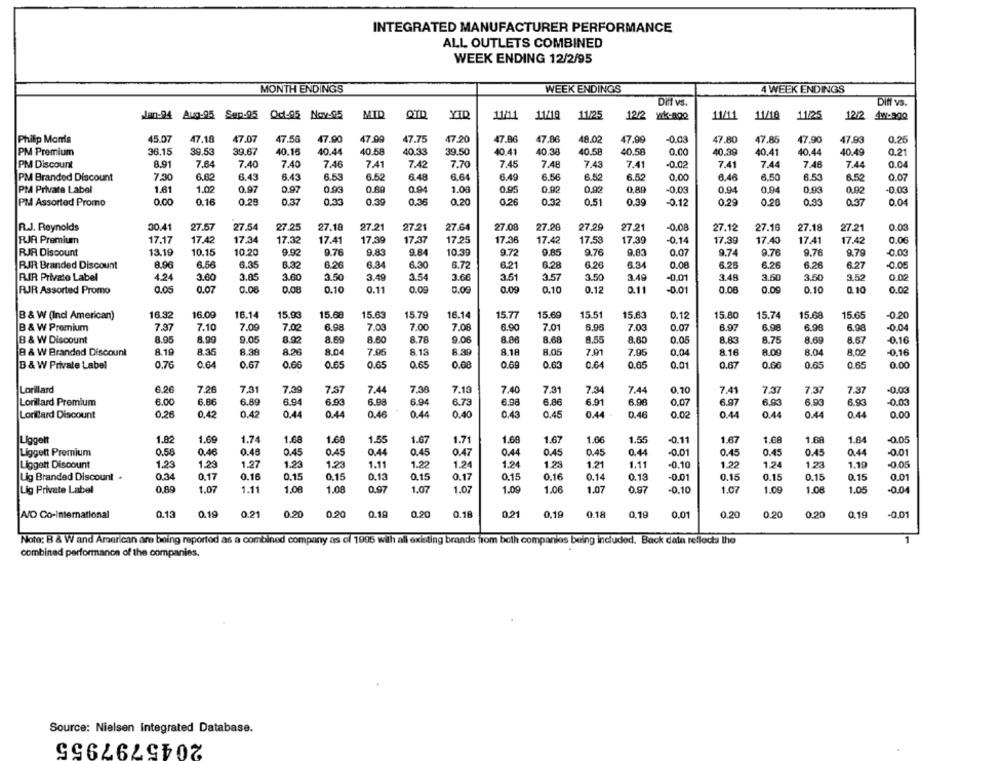
INTEGRATED MANUFACTURER PERFORMANCE
ALL OUTLETS COMBINED
WEEK ENDING 12/2/95
MONTH ENDINGS
WEEK ENDINGS
4 WEEK ENDINGS
Dit vs.
Diff vs.
Jan-94 Aug-95 Sap-95 Od-95 Nov-95
MID
YID
11/18
11/25
11/11
11/18
11/25
12/2
11/11
12/2 wk-80Q
47.90
47.75
Philip Morris
45.07
47,18
47.07
47.50
47.90
47.20
47.86
47,86
48.02
47.99
-0.03
47.80
47.86
47,90
47.93
0.25
PM Premium
36.15
39.53
39.67
40.16
40.44
40.58
40.33
39.50
40.41
40.38
40.58
40.58
0.00
40.39
40.41
40.44
40.49
0.21
PM Discount
8.91
7.64
7.40
7.40
7.46
7.41
7.42
7.70
7.45
7.48
7.43
7.41
-0.02
7.41
7.44
7.46
7.44
0.04
7:30
6.62
6.43
6.43
6.53
6.52
6.48
6.52
6.52
0.00
6.46
6.50
0.07
PM Branded Discount
6.64
6.49
6.56
6.53
6.52
PM Private Label
1.61
1.02
0.97
0.97
0.93
0.80
0.94
1.00
0.95
0.02
0.92
0,89
-0,03
0.94
0.94
0.93
0.02
-0.03
PM Assorted Promo
0.00
0.16
0.28
0.37
0.33
0.39
0.36
0.20
0.26
0.32
0.51
0.39
-0.12
0.29
0.20
0.33
0.37
0.04
R.J. Reynolds
30.41
27.57
27.54
27.25
27.18
27.21
27.21
27.64
27.08
27.20
27.29
27.21
-0.08
27.12
27.16
27.18
27.21
0.03
RJR Premium
17.17
17.42
17.34
17.32
17.41
17.39
17.37
17.25
17.36
17.42
17.53
17.39
-0.14
17.39
17.40
17.41
17.42
0.06
RJR Discount
13.19
10.15
10.20
9.92
9.76
9.83
9.84
10.39
9.72
9.85
9.76
9.83
0.07
9.74
9.76
9.76
9.79
0.00
RJR Branded Discount
8.96
6.56
6.35
6.32
6.20
6.34
6.30
6.72
6.21
6.28
6.26
6.34
0.00
6.25
6.26
6.26
6.27
-0.05
RIR Private Label
4.24
3.00
3.05
3.60
3.50
3.49
3.54
3.66
3.51
3.57
3.50
3.49
-0.01
3.48
3.50
3.50
3.52
0.02
RJR Assorted Promo
0.05
0.07
0.08
0.08
0.10
0.11
0.09
0.00
0.09
0.10
0.12
0.11
-0.01
0.08
0.00
0.10
0.10
0.02
B & W (Ind American)
16.32
16.09
16.14
15.93
15.68
15.63
15.79
16.14
15.77
15.69
15.51
15,63
0.12
15.80
15.74
15.68
15.65
-0.20
B & W Premium
7.97
7.10
7.00
7.02
6.98
7.03
7.00
7.08
6.90
7.01
6.96
7.03
0.07
6.97
6.96
6.90
6.98
-0.04
B & W Discount
8.95
8.99
9.05
0.92
8.69
8.60
8.78
9.06
8.08
8.68
8.55
8.60
0.05
8.83
8.75
8.69
8.57
-0.16
8.19
8.35
8.39
8.05
8.16
8.09
8.04
8.02
-0.16
B & W Branded Discount
8.38
8.04
7.05
8.13
8.18
7.91
7.95
0.04
B & W Private Label
0.70
0.64
0.67
0,60
0.65
0.65
0.65
0.08
0.69
0.63
0.64
0.65
0.01
0.67
0.66
0.65
0.65
0.00
Lorillard
6.20
7.26
7.31
7.37
7.44
7.38
7.13
7.31
0.10
7.37
7.09
7.40
7.34
7.44
7.41
7.37
7.37
-0.03
Lonillard Premium
6.00
6.86
6.89
6.94
6.93
6.98
6.94
6.73
6.98
6.86
6.91
6.96
0.07
6.97
6,93
6.93
6.93
-0,03
Loniard Discount
0.26
0.42
0.42
0.44
0.44
0.46
0.44
0.40
0.43
0.45
0.44
0.46
0.02
0.44
0.44
0.44
0.44
0.00
Liggeit
1.82
1.69
1.74
1.68
1.60
1.55
1.67
1.71
1.60
1.67
1.66
1.55
-0.11
1.67
1.68
1.64
-0.05
Liggent Premium
0.58
0.46
0.40
0.45
0.45
0.44
0.45
0.47
0.44
0.45
0.45
0.44
-0.01
0.45
0.45
0.45
0.44
-0.01
Liggott Discount
1.23
1.23
1.27
1.23
1.23
1.11
1.22
1.24
1.24
1.23
1.21
1.11
-0.10
1.22
1.24
123
1.19
-0.05
Lig Branded Discount .
0.34
0.17
0.16
0.15
0.15
0.13
0.15
0.17
0.15
0.16
0.14
0.13
-0.01
0.15
0.15
0.15
0.15
0.01
0.60
1.08
1.07
Lig Private Label
1.07
1.11
1.08
0.97
1.07
1.07
1.09
1.06
0.97
-0.10
1.07
1.09
1.08
1.05
-0.04
A/O Co-international
0.13
0.19
0.21
0.20
0,20
0.19
0.20
0.18
0,21
0.19
0.18
0,19
0.01
0.20
0.20
0.20
0.19
-0.01
Note: B & W and American are being reported as a combined company as of 1995 with all existing brands from both companies being included. Back data reflects the
combined performance of the companies.
Source: Nielsen Integrated Database.
2045797955